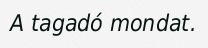
A tagadó mondat.